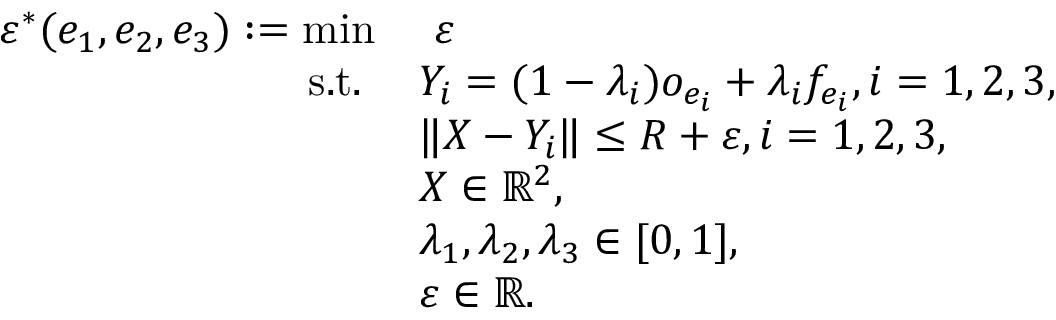
\begin{array} { r l } { \varepsilon ^ { * } ( e _ { 1 } , e _ { 2 } , e _ { 3 } ) : = \operatorname* { m i n } } & { \ \varepsilon } \\ { \mathrm { s . t . ~ } } & { Y _ { i } = ( 1 - \lambda _ { i } ) o _ { e _ { i } } + \lambda _ { i } f _ { e _ { i } } , i = 1 , 2 , 3 , } \\ & { \| X - Y _ { i } \| \leq R + \varepsilon , i = 1 , 2 , 3 , } \\ & { X \in \mathbb { R } ^ { 2 } , } \\ & { \lambda _ { 1 } , \lambda _ { 2 } , \lambda _ { 3 } \in [ 0 , 1 ] , } \\ & { \varepsilon \in \mathbb { R } . } \end{array}